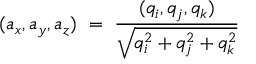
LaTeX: ( a _ { x } , a _ { y } , a _ { z } ) \ = \ { \frac { ( q _ { i } , q _ { j } , q _ { k } ) } { \sqrt { q _ { i } ^ { 2 } + q _ { j } ^ { 2 } + q _ { k } ^ { 2 } } } }